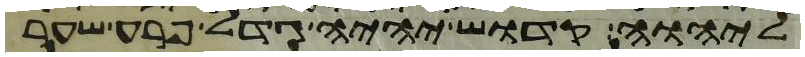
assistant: ליהוה קדוש יהיה גדל פרע שער